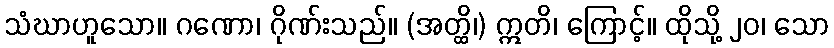
သံဃာဟူသော။ ဂဏော၊ ဂိုဏ်းသည်။ (အတ္ထိ၊) ဣတိ၊ ကြောင့်။ ထိုသို့ ၂၀၊ သော